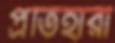
প্রতিহারী